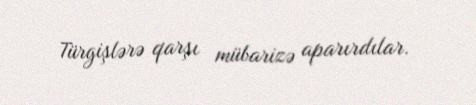
Türgişlərə qarşı mübarizə aparırdılar.